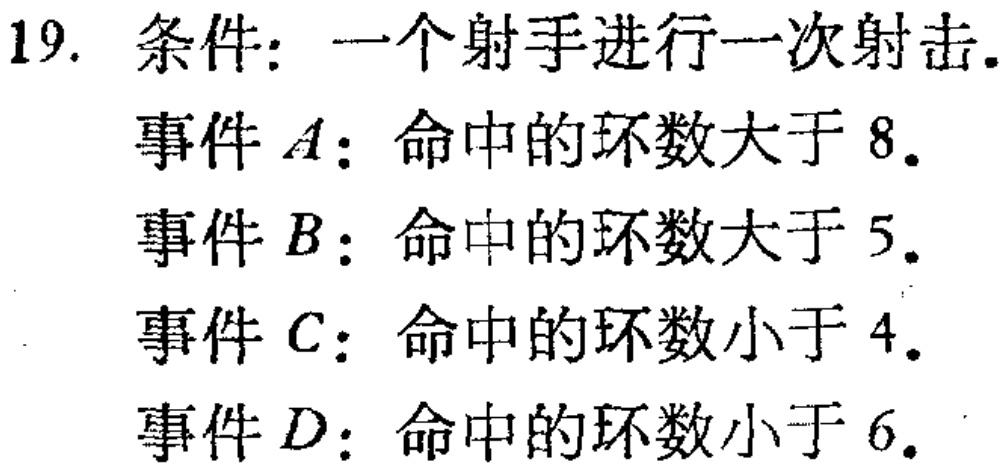
19. 条件：一个射手进行一次射击.
事件\(A\)：命中的环数大于 \(8\).
事件\(B\)：命中的环数大于 \(5\).
事件\(C\)：命中的环数小于 \(4\).
事件\(D\)：命中的环数小于 \(6\).